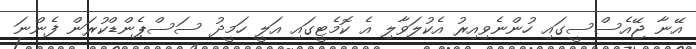
އޭނާ ޖޭއެސްސީގައި ހުންނެވިއިރު އެކުލަވާލި އެ ކޮމެޓީގައި އަލީ ހަމީދު ސަސްޕެންޑްކުރަން ފެންނަ